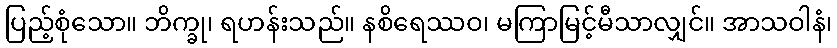
ပြည့်စုံသော။ ဘိက္ခု၊ ရဟန်းသည်။ နစိရေဿဝ၊ မကြာမြင့်မီသာလျှင်။ အာသဝါနံ၊